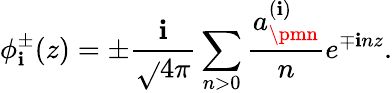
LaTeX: \phi_{\mathbf{i}}^{\pm}(z)=\pm\frac{{\mathbf{i}}}{{\sqrt{}{{4\pi}}}}\sum_{n>0}\frac{{a_{\pmn}^{(\mathbf{i})}}}{{n}}e^{\mp\mathbf{i}nz}.